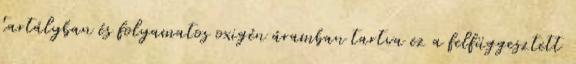
tartályban és folyamatos oxigén áramban tartva ez a felfüggesztett